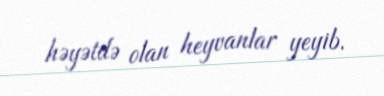
həyətdə olan heyvanlar yeyib.